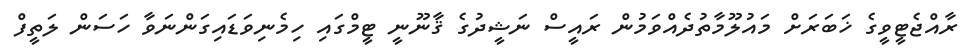
ރާއްޖެޓީވީގެ ޚަބަރަށް މައުލޫމާތުދެއްވަމުން ރައީސް ނަޝީދުގެ ޤާނޫނީ ޓީމްގައި ހިމެނިވަޑައިގަންނަވާ ހަސަން ލަތީފް